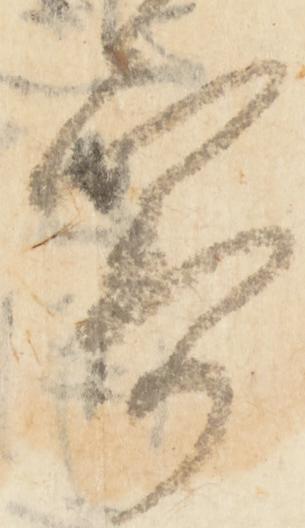
寄